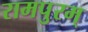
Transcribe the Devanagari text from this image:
रामपुरम्